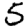
Digit: 5